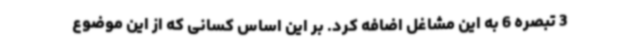
3 تبصره 6 به این مشاغل اضافه کرد. بر این اساس کسانی که از این موضوع